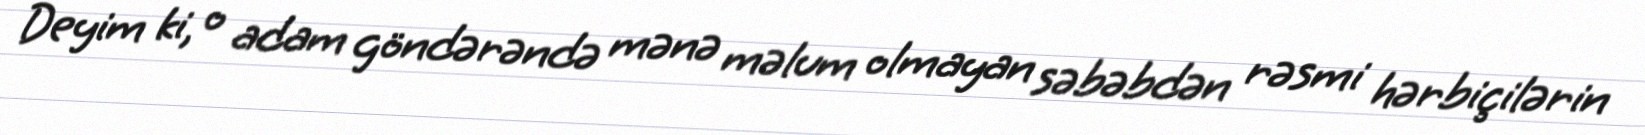
Deyim ki, o adam göndərəndə mənə məlum olmayan səbəbdən rəsmi hərbiçilərin